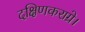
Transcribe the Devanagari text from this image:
दक्षिणकराग्रे।